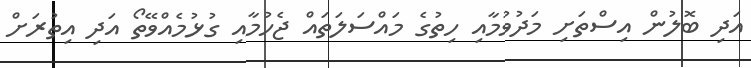
އަދި ބޮލުން އިސްތަށި މަދުވުމާއި ހިތުގެ މައްސަލަތައް ޖެހުމާއި ގުޅުމެއްވޭތޯ އަދި އިތުރަށް